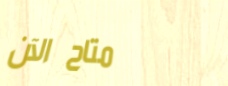
متاح الآن